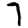
Digit: 7